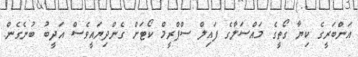
އަންބަރީގެ ކިޔާ ގޯތީގެ މައްސަލާގެ ފައިލް ސްޕްރީމް ކޯޓަށް ގެންދިޔައީވެސް އަދީބު ބުނެގެން.